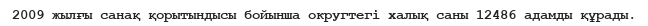
2009 жылғы санақ қорытындысы бойынша округтегі халық саны 12486 адамды құрады.